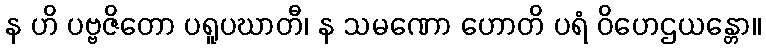
န ဟိ ပဗ္ဗဇိတော ပရူပဃာတီ၊ န သမဏော ဟောတိ ပရံ ဝိဟေဌယန္တော။